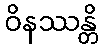
ဝိနဿန္တိ